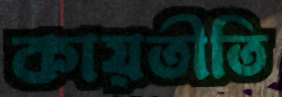
কায়তীতি